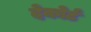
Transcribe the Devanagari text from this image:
देकोर्ट